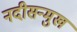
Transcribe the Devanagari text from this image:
नदीसन्मुख